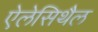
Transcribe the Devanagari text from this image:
ऐलेसिथैल